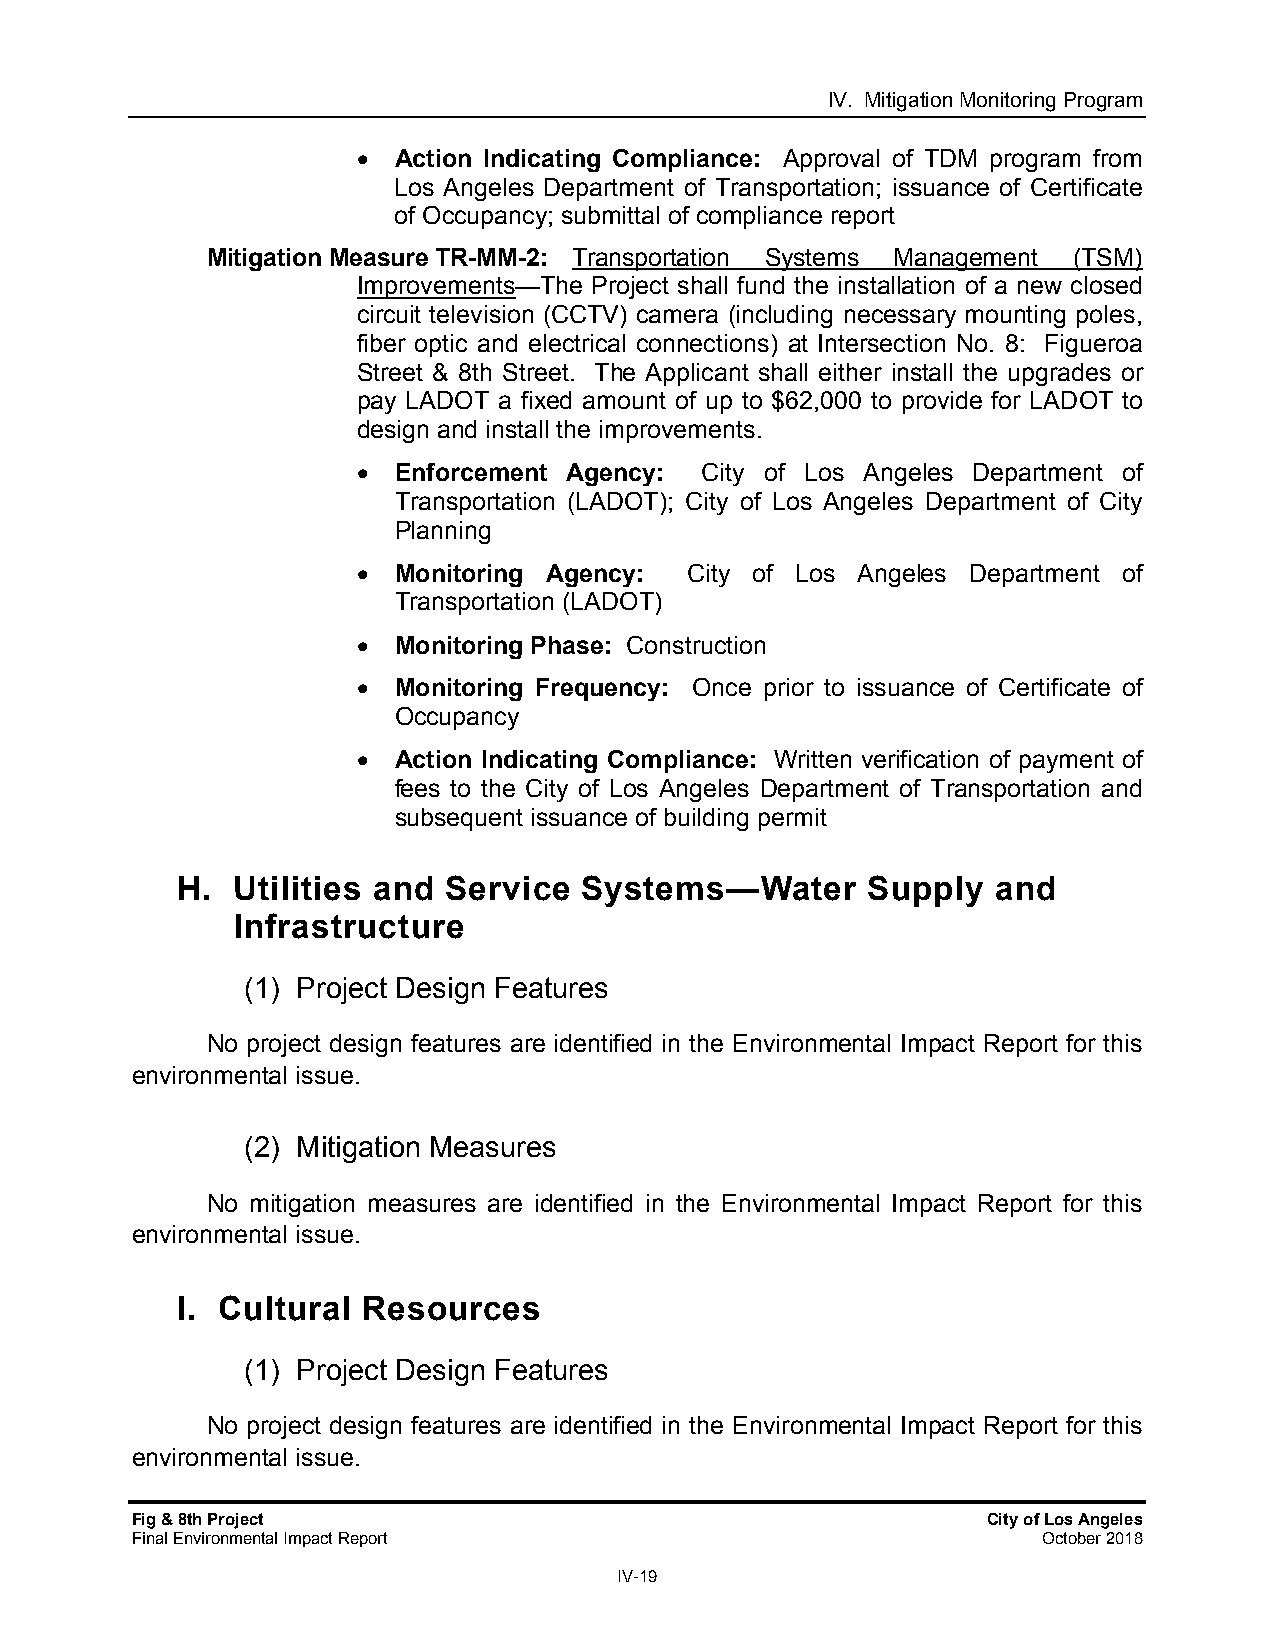
IV. Mitigation Monitoring Program
  Action Indicating Compliance: Approval of TDM program from
 Los Angeles Department of Transportation; issuance of Certificate
 of Occupancy; submittal of compliance report
 Mitigation Measure TR-MM-2: Transportation Systems Management (TSM)
 Improvements—The Project shall fund the installation of a new closed
 circuit television (CCTV) camera (including necessary mounting poles,
 fiber optic and electrical connections) at Intersection No. 8: Figueroa
 Street & 8th Street. The Applicant shall either install the upgrades or
 pay LADOT a fixed amount of up to $62,000 to provide for LADOT to
 design and install the improvements.
  Enforcement Agency:  City of Los Angeles Department of
 Transportation (LADOT); City of Los Angeles Department of City
 Planning
  Monitoring Agency:  City of Los Angeles Department of
 Transportation (LADOT)
  Monitoring Phase: Construction
  Monitoring Frequency: Once prior to issuance of Certificate of
 Occupancy
  Action Indicating Compliance: Written verification of payment of
 fees to the City of Los Angeles Department of Transportation and
 subsequent issuance of building permit
 H. Utilities and  Service  Systems—Water     Supply   and
 Infrastructure
 (1) Project Design Features
 No project design features are identified in the Environmental Impact Report for this
 environmental issue.
 (2) Mitigation Measures
 No mitigation measures are identified in the Environmental Impact Report for this
 environmental issue.
 I. Cultural Resources
 (1) Project Design Features
 No project design features are identified in the Environmental Impact Report for this
 environmental issue.
 Fig & 8th Project                                       City of Los Angeles
 Final Environmental Impact Report                           October 2018
 IV-19